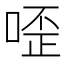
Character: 㗏